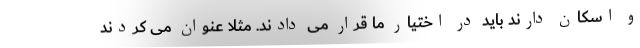
و اسکان دارند باید در اختیار ما قرار می دادند. مثلا عنوان می کردند